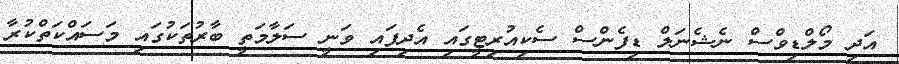
އަދި މޯލްޑިވްސް ނެޝެނަލް ޑިފެންސް ސެކިއުރިޓީގައި އެދިފައި ވަނީ ސަލާމަތީ ބާރުތަކުގައި މަސައްކަތްކުރާ